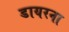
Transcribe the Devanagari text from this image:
डायरना